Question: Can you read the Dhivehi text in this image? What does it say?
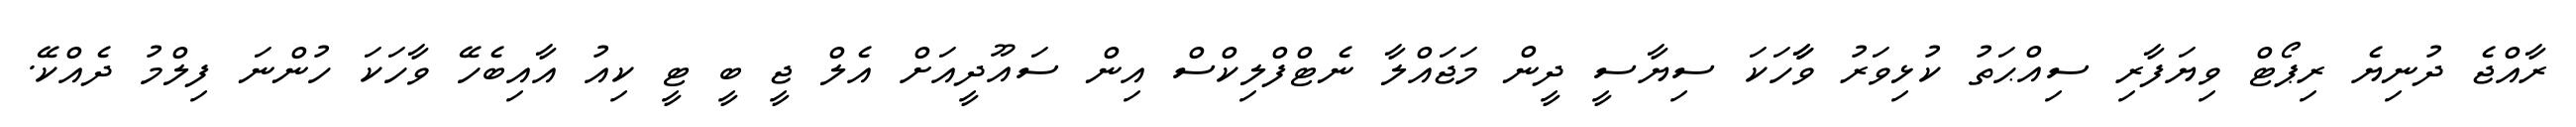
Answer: ރާއްޖެ ދުނިޔެ ރިޕޯޓް ވިޔަފާރި ސިއްޙަތު ކުޅިވަރު ވާާހަކަ ސިޔާސީ ދީން މަޖައްލާ ނެޓްފްލިކްސް އިން ސައޫދީއަށް އެލް ޖީ ބީ ޓީ ކިއު އާއިބެހޭ ވާހަކަ ހުންނަ ފިލްމު ދެއްކޭ.